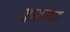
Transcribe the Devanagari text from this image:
बनाकऱ